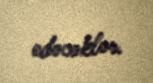
edəcəklər.